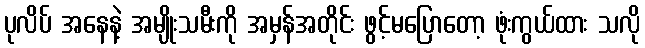
ပုလိပ် အနေနဲ့ အမျိုးသမီးကို အမှန်အတိုင်း ဖွင့်မပြောတော့ ဖုံးကွယ်ထား သလို